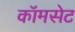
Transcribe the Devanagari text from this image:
कॉमसेट